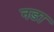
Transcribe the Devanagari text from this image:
नडा